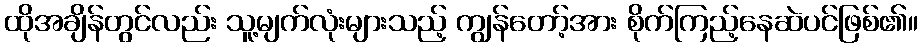
ထိုအချိန်တွင်လည်း သူ့မျက်လုံးများသည့် ကျွန်တော့်အား စိုက်ကြည့်နေဆဲပင်ဖြစ်၏။